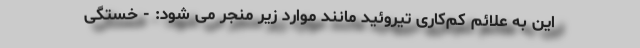
این به علائم کم‌کاری تیروئید مانند موارد زیر منجر می شود: - خستگی